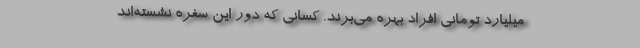
میلیارد تومانی افراد بهره می‌برند. کسانی که دور این سفره نشسته‌اند